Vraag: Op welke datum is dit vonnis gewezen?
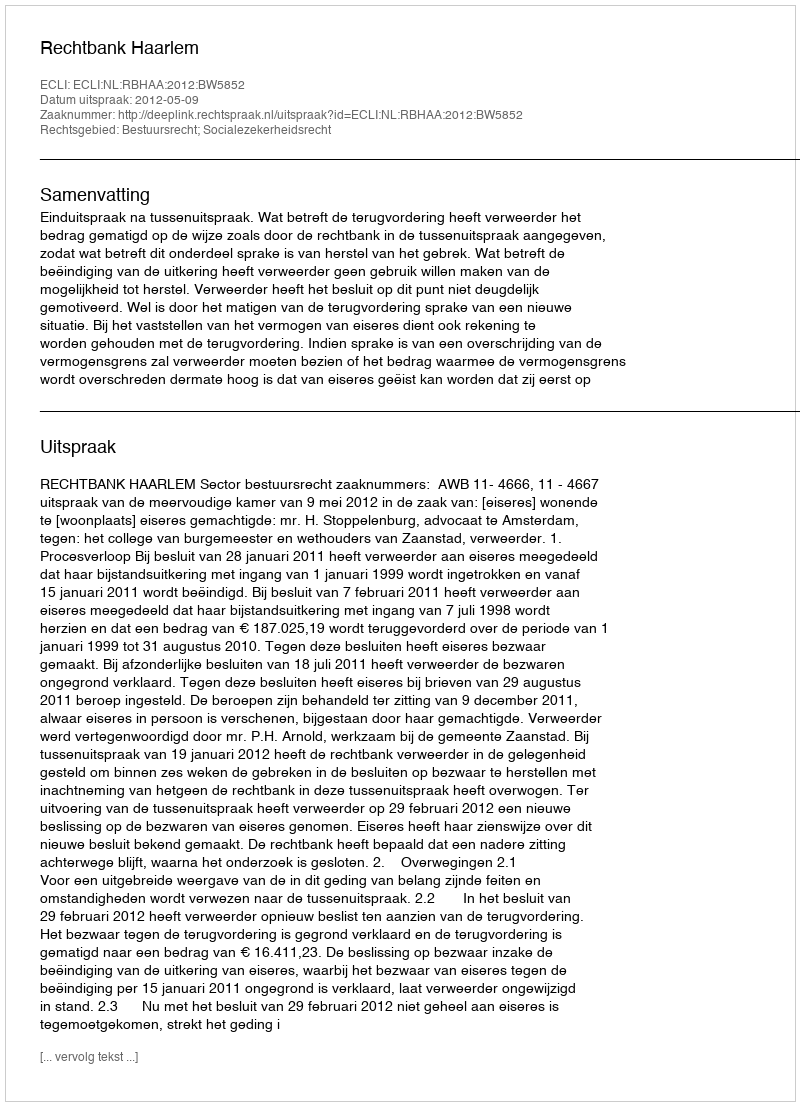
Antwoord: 2012-05-09